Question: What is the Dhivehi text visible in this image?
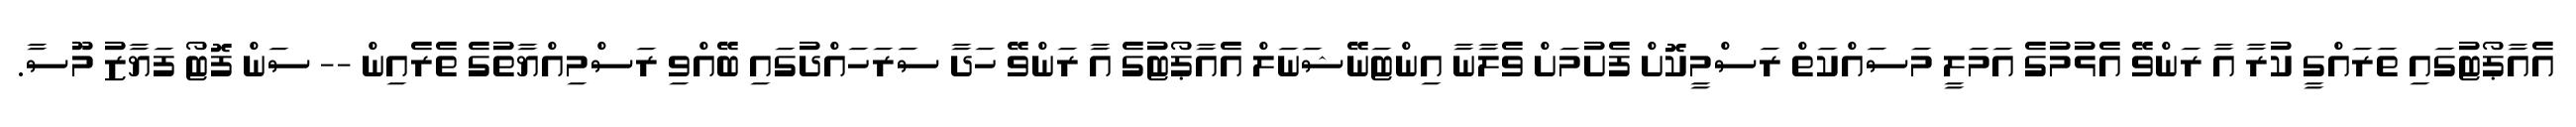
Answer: އެއާޕޯޓުގައި ތަރައްގީ ކުރާ އާ ރަންވޭ އެޅުމުގެ އަމަލީ މަސައްކަތް ރަސްމީކޮށް ފެށުމަށް ވެލާނާ އިންޓަނޭޝަނަލް އެއާޕޯޓުގެ އާ ރަންވޭ ހަދާ ސަރަހައްދުގައި ބޭއްވި ރަސްމިއްޔާތުގެ ތެރެއިން -- ސަން ފޮޓޯ ފަޔާޒު މޫސާ.